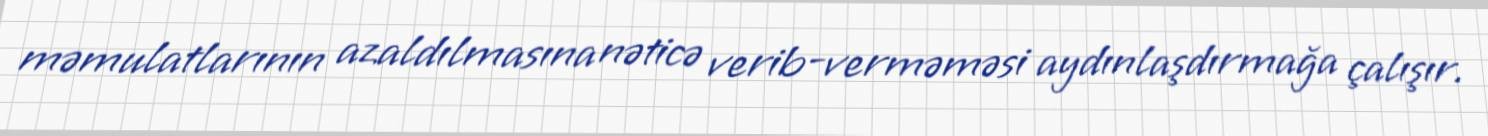
məmulatlarının azaldılmasına nəticə verib-verməməsi aydınlaşdırmağa çalışır.